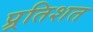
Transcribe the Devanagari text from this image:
प्र्रतिशत